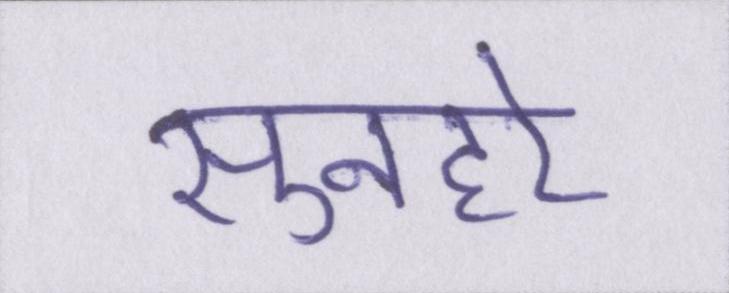
सुनहरे